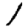
Digit: 1